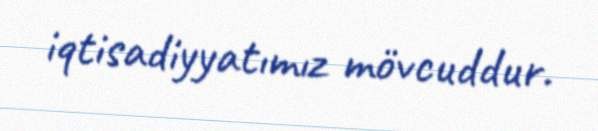
iqtisadiyyatımız mövcuddur.